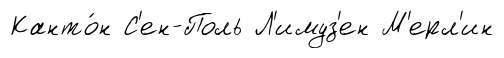
Канто́н С'ен-Поль Л'имуз'ен М'ерл'ин